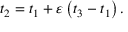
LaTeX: t _ { 2 } = t _ { 1 } + \varepsilon \left( t _ { 3 } - t _ { 1 } \right) .